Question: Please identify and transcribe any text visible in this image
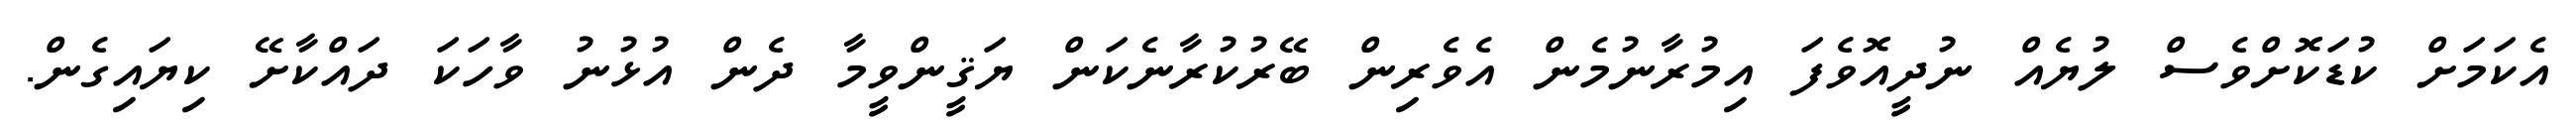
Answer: އެކަމަށް ކުޑަކޮށްވެސް ލުޔެއް ނުދީއޮވެފަ އިމުރާނުމެން އެވެރިން ބޭރުކުރާނެކަން ޔަޤީންވީމާ ދެން އުޅުނު ވާހަކަ ދައްކާށޭ ކިޔައިގެން.